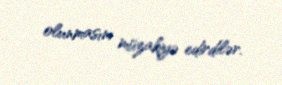
olunmasını müzakiyə edirdilər.